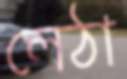
লেঠা